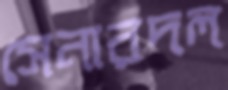
সেনারদল